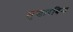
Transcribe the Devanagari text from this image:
मुखारबिन्द